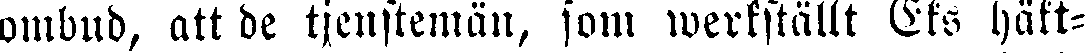
ombud, att de tjenstemän, som werkställt Eks häkt-